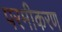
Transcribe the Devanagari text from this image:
परमीकरण